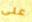
على